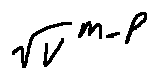
\sqrt { V } ^ { m - P }